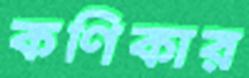
কণিকার